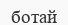
ботай